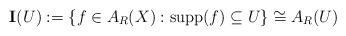
LaTeX: \begin{align*} \mathbf{I}(U):=\left\lbrace f\in A_R(X) : \operatorname{supp}(f)\subseteq U\right\rbrace \cong A_R(U)\end{align*}